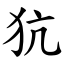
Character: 犺